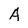
Character: A